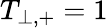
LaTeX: T_{\perp,+}=1